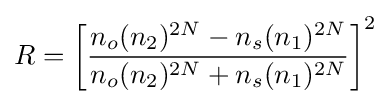
R=\left[{\frac {n_{o}(n_{2})^{2N}-n_{s}(n_{1})^{2N}}{n_{o}(n_{2})^{2N}+n_{s}(n_{1})^{2N}}}\right]^{2}